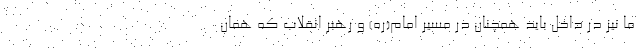
ما نیز در داخل باید همچنان در مسیر امام(ره) و رهبر انقلاب که همان